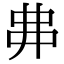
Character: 丳